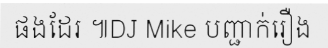
ផងដែរ ៕DJ Mike បញ្ជាក់រឿង